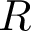
R